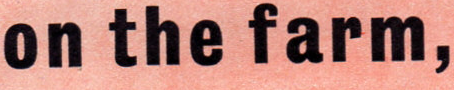
on the farm,